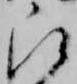
被